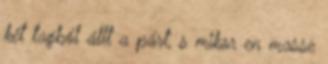
két tagból állt a párt, s mikor en masse